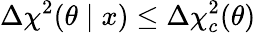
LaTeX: \Delta\chi^{2}(\theta\mid x)\le\Delta\chi_{c}^{2}(\theta)